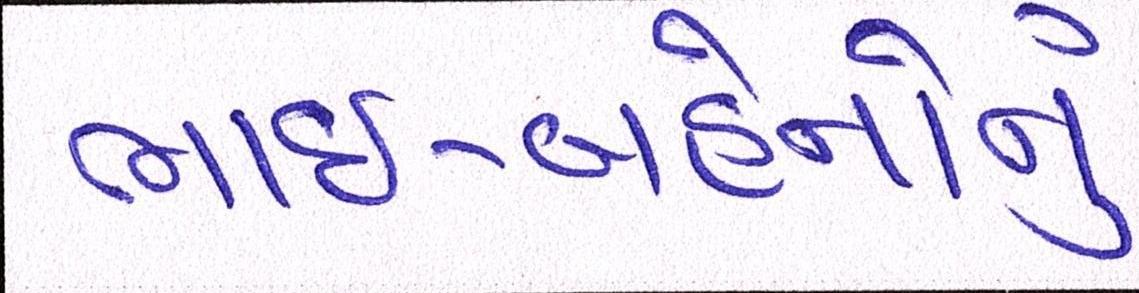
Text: ભાઈ-બહેનોનું